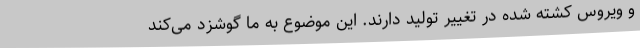
و ویروس کشته شده در تغییر تولید دارند. این موضوع به ما گوشزد می‌کند